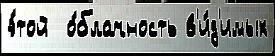
э́той  о́блачность в'и́д'имых